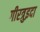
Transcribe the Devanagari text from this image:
गीरत्रुइदा